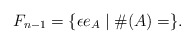
\begin{align*}F_{n-1} = \{ \epsilon e_{A} \mid \#(A) = \}.\end{align*}